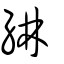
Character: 綝